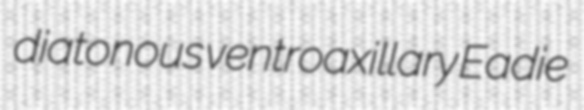
diatonous ventroaxillary Eadie